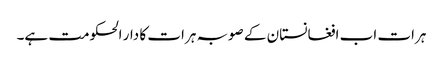
ہرات اب افغانستان کے صوبہ ہرات کا دار الحکومت ہے۔